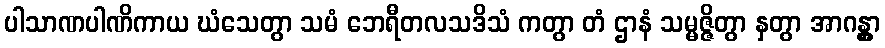
ပါသာဏပါဏိကာယ ဃံသေတွာ သမံ ဘေရီတလသဒိသံ ကတွာ တံ ဌာနံ သမ္မဇ္ဇိတွာ နှတွာ အာဂန္တွာ